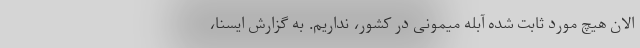
الان هیچ مورد ثابت شده آبله میمونی در کشور، نداریم. به گزارش ایسنا،